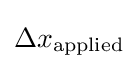
{\textstyle \Delta x_{\text{applied}}}